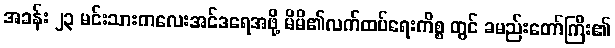
အခန်း ၂၃ မင်းသားကလေးအင်ဒရေအဖို့ မိမိ၏လက်ထပ်ရေးကိစ္စ တွင် ခမည်းတော်ကြီး၏